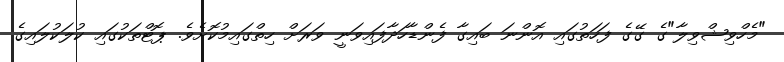
"މެހްވިޝްވިލާ"ގެ ގޭގެ ފަހަތުގައި އޮންނަ ބައިގާ ފެންޑާހަދާފައިވަނީ ވަރަށް ހިތްގައިމުކޮށެވެ. ޕޮޓްތަކުގައި ކުލަކުލައިގެ